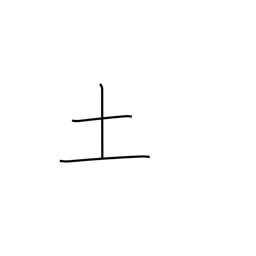
Meaning: soil